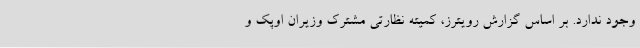
وجود ندارد. بر اساس گزارش رویترز، کمیته نظارتی مشترک وزیران اوپک و